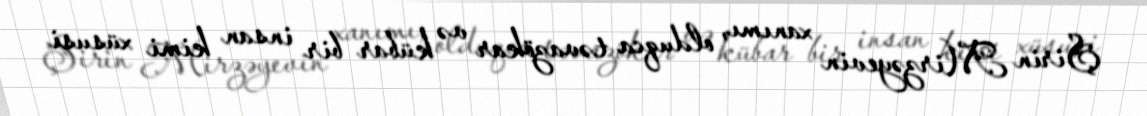
Şirin Mirzəyevin xanımı, olduqca təvazökar və kübar bir insan kimi xüsusi